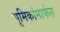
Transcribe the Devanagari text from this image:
भूमिकांमार्फत